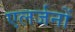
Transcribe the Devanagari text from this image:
एलर्जनों